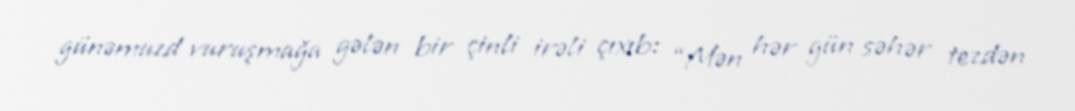
günəmuzd vuruşmağa gələn bir çinli irəli çıxıb: “Mən hər gün səhər tezdən